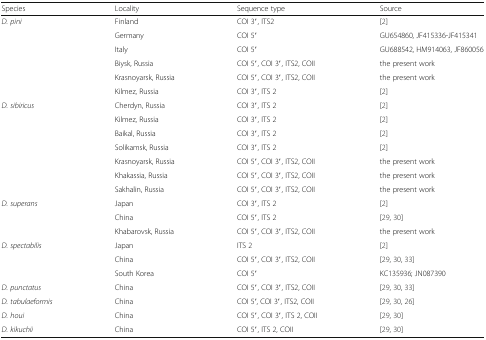
<table><thead><tr><td><b>Species</b></td><td><b>Locality</b></td><td><b>Sequence type</b></td><td><b>Source</b></td></tr></thead><tbody><tr><td rowspan="6"><i>D. pini</i></td><td>Finland</td><td>COI 3′, ITS2</td><td>[2]</td></tr><tr><td>Germany</td><td>COI 5′</td><td>GU654860, JF415336-JF415341</td></tr><tr><td>Italy</td><td>COI 5′</td><td>GU688542, HM914063, JF860056</td></tr><tr><td>Biysk, Russia</td><td>COI 5′, COI 3′, ITS2, COII</td><td>the present work</td></tr><tr><td>Krasnoyarsk, Russia</td><td>COI 5′, COI 3′, ITS2, COII</td><td>the present work</td></tr><tr><td>Kilmez, Russia</td><td>COI 3′, ITS 2</td><td>[2]</td></tr><tr><td rowspan="7"><i>D. sibiricus</i></td><td>Cherdyn, Russia</td><td>COI 3′, ITS 2</td><td>[2]</td></tr><tr><td>Kilmez, Russia</td><td>COI 3′, ITS 2</td><td>[2]</td></tr><tr><td>Baikal, Russia</td><td>COI 3′, ITS 2</td><td>[2]</td></tr><tr><td>Solikamsk, Russia</td><td>COI 3′, ITS 2</td><td>[2]</td></tr><tr><td>Krasnoyarsk, Russia</td><td>COI 5′, COI 3′, ITS2, COII</td><td>the present work</td></tr><tr><td>Khakassia, Russia</td><td>COI 5′, COI 3′, ITS2, COII</td><td>the present work</td></tr><tr><td>Sakhalin, Russia</td><td>COI 5′, COI 3′, ITS2, COII</td><td>the present work</td></tr><tr><td rowspan="3"><i>D. superans</i></td><td>Japan</td><td>COI 3′, ITS 2</td><td>[2]</td></tr><tr><td>China</td><td>COI 5′, ITS 2</td><td>[29, 30]</td></tr><tr><td>Khabarovsk, Russia</td><td>COI 5′, COI 3′, ITS2, COII</td><td>the present work</td></tr><tr><td rowspan="3"><i>D. spectabilis</i></td><td>Japan</td><td>ITS 2</td><td>[2]</td></tr><tr><td>China</td><td>COI 5′, COI 3′, ITS2, COII</td><td>[29, 30, 33]</td></tr><tr><td>South Korea</td><td>COI 5′</td><td>KC135936; JN087390</td></tr><tr><td><i>D. punctatus</i></td><td>China</td><td>COI 5′, COI 3′, ITS2, COII</td><td>[29, 30, 33]</td></tr><tr><td><i>D. tabulaeformis</i></td><td>China</td><td>COI 5′, COI 3′, ITS2, COII</td><td>[29, 30, 26]</td></tr><tr><td><i>D. houi</i></td><td>China</td><td>COI 5′, COI 3′, ITS 2, COII</td><td>[29, 30]</td></tr><tr><td><i>D. kikuchii</i></td><td>China</td><td>COI 5′, ITS 2, COII</td><td>[29, 30]</td></tr></tbody></table>